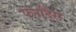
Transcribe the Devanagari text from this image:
फर्नांदेस